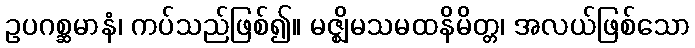
ဥပဂစ္ဆမာနံ၊ ကပ်သည်ဖြစ်၍။ မဇ္ဈိမသမထနိမိတ္တ၊ အလယ်ဖြစ်သော